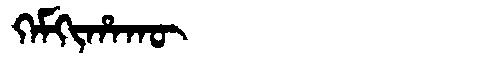
Manchu: ᡴᡝᠮᡴᡳᡥᠠᡴᡡ
Romanization: KEMKIHAKŪ